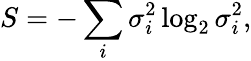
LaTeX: S=-\sum_{i}\sigma_{i}^{2}\log_{2}\sigma_{i}^{2},